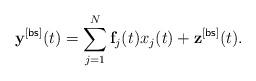
LaTeX: \begin{align*} \mathbf{y}^{[\sf bs]}(t)=\sum_{j=1}^{N}\mathbf{f}_j(t)x_j(t)+\mathbf{z}^{[\sf bs]}(t).\end{align*}